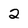
Character: 2